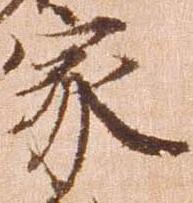
家